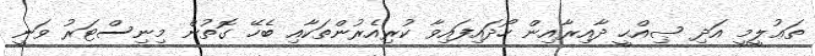
ތަޢުލީމީ އަދި ޞިއްޙީ ދާއިރާއިން ހޯދައިފައިވާ ކުރިއެރުންތަކާއި ބެހޭ ގޮތުން މިނިސްޓަރު ވަނީ